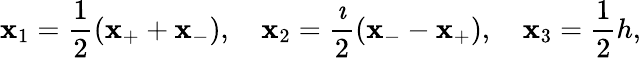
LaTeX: \mathbf{x}_{1}=\frac{{1}}{{2}}\left(\mathbf{x}_{+}+\mathbf{x}_{-}\right),\quad\mathbf{x}_{2}=\frac{{\imath}}{{2}}\left(\mathbf{x}_{-}-\mathbf{x}_{+}\right),\quad\mathbf{x}_{3}=\frac{{1}}{{2}}h,